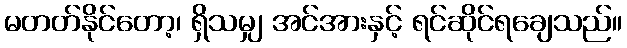
မတတ်နိုင်တော့၊ ရှိသမျှ အင်အားနှင့် ရင်ဆိုင်ရချေသည်။